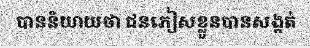
បាននិយាយថា ជនភៀសខ្លួនបានសង្កត់